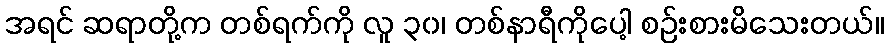
အရင် ဆရာတို့က တစ်ရက်ကို လူ ၃၀၊ တစ်နာရီကိုပေါ့ စဉ်းစားမိသေးတယ်။